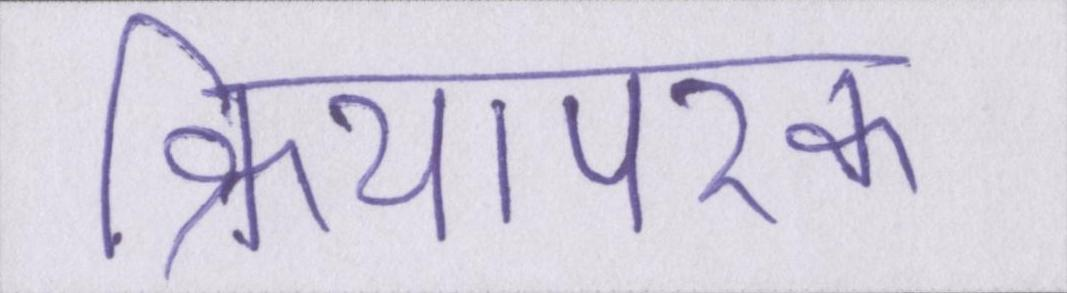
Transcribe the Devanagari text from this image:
क्रियापरक